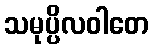
သမုပ္ပိလဝါတေ